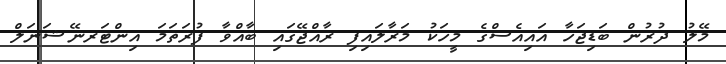
މޭލު ދުރުން ބަޑިޖަހާ އައިއެސްގެ މީހަކު މަރާލައިފި ރާއްޖޭގައި ބާއްވާ ފުރަތަމަ އިންޓަރނޭޝަނަލް